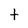
Character: t